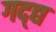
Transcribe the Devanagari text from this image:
गद्द्य